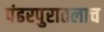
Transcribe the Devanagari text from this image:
पंढरपुरातलाच